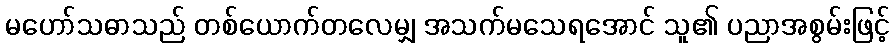
မဟော်သဓာသည် တစ်ယောက်တလေမျှ အသက်မသေရအောင် သူ၏ ပညာအစွမ်းဖြင့်